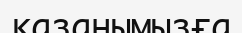
қазанымызға